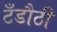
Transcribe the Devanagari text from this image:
टँडौठी